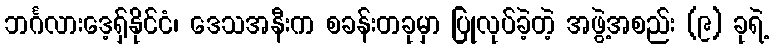
ဘင်္ဂလားဒေ့ရှ်နိုင်ငံ၊ ဒေသအနီးက စခန်းတခုမှာ ပြုလုပ်ခဲ့တဲ့ အဖွဲ့အစည်း (၉) ခုရဲ့